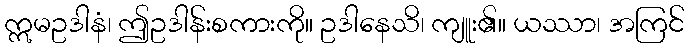
ဣမဥဒါနံ၊ ဤဥဒါန်းစကားကို။ ဥဒါနေသိ၊ ကျူး၏။ ယဿာ၊ အကြင်